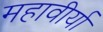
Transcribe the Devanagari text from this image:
महावीर्या